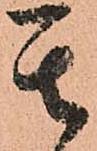
其